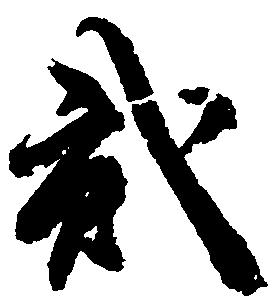
弐